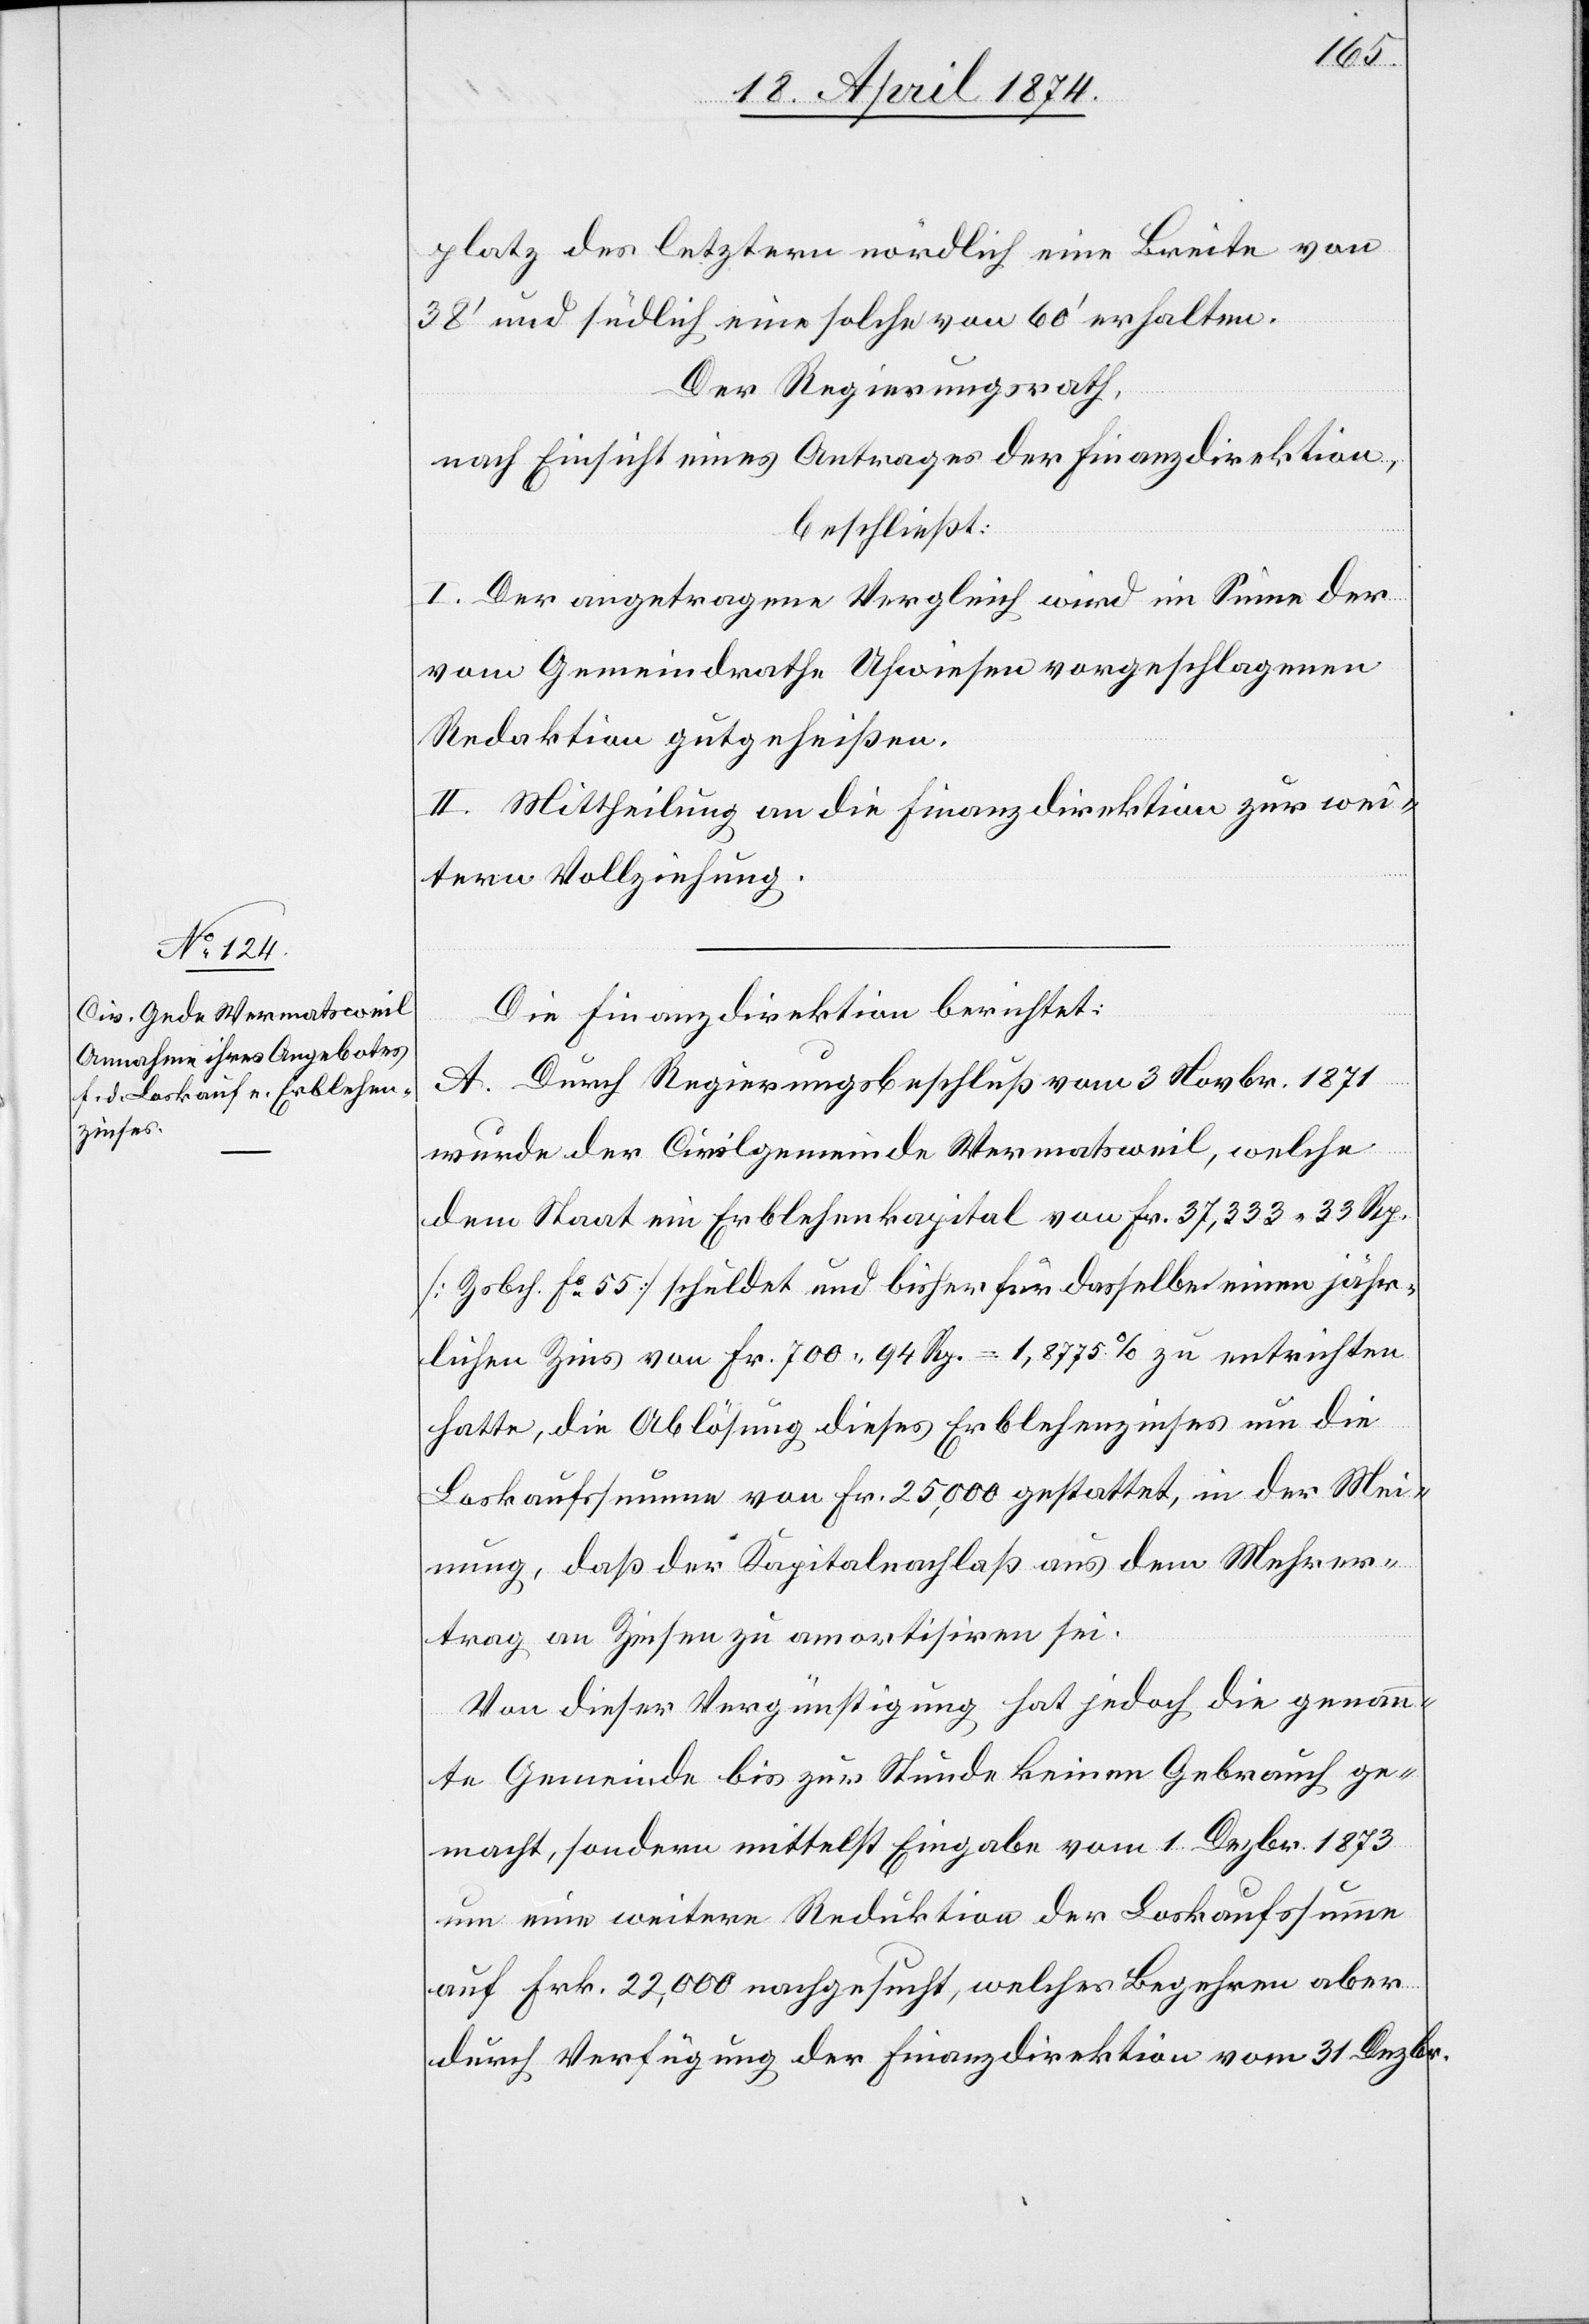
platz des letztern nördlich eine Breite von
38‘ und südlich eine solche von 60‘ erhalten.
Der Regierungsrath,
nach Einsicht eines Antrages der Finanzdirektion,
beschließt:
I. Der angetragene Vergleich wird im Sinne der
vom Gemeindrathe Uhwiesen vorgeschlagenen
Redaktion gutgeheißen.
II. Mittheilung an die Finanzdirektion zur wei¬
tern Vollziehung.
Die Finanzdirektion berichtet:
A. Durch Regierungsbeschluß vom 3. Novbr. 1871
wurde der Civilgemeinde Wermatsweil welche
dem Staat ein Erblehenkapital von Fr. 37,333.33 Rp.
[Zsbch. fo 55] schuldet und bisher für dasselbe einen jähr¬
lichen Zins von Fr. 700.94 Rp. = 1,8775% zu entrichten
hatte, die Ablösung dieses Erblehenzinses um die
Loskaufssumme von Fr. 25,000 gestattet, in der Mei¬
nung, daß der Kapitalnachlaß aus dem Mehrer¬
trag an Zinsen zu amortisiren sei.
Von dieser Vergünstigung hat jedoch die genann¬
te Gemeinde bis zur Stunde keinen Gebrauch ge¬
macht, sondern mittelst Eingabe vom 1. Dezbr. 1873
um eine weitere Reduktion der Loskaufssumme
auf Frk. 22,000 nachgesucht, welches Begehren aber
durch Verfügung der Finanzdirektion vom 31. Dezbr.